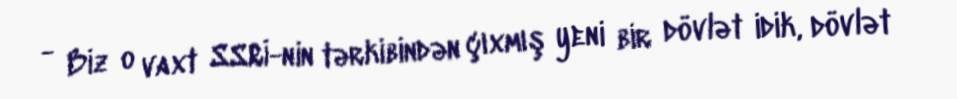
- Biz o vaxt SSRİ-nin tərkibindən çıxmış yeni bir dövlət idik, dövlət